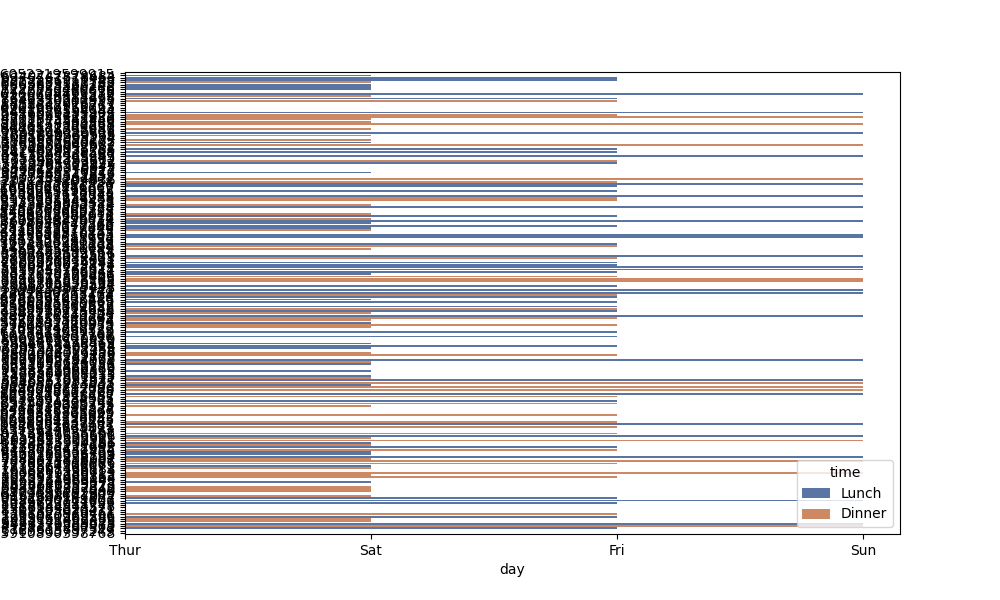
python, seaborn, barplot, hue='time', palette='deep', ci=95, orient='h'